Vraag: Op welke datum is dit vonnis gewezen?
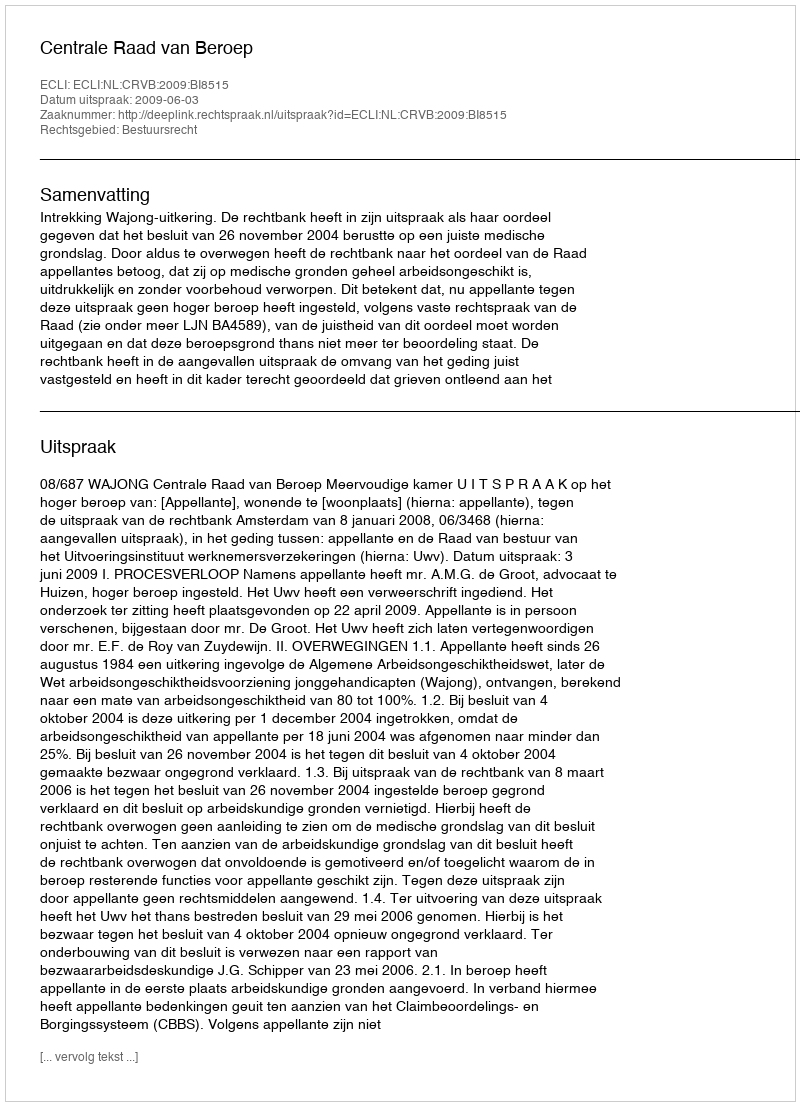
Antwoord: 2009-06-03